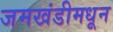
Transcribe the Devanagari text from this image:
जमखंडीमधून